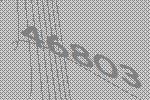
46803